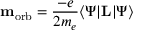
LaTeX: \mathbf { m } _ { \mathrm { { o r b } } } = { \frac { - e } { 2 m _ { e } } } \langle \Psi \vert \mathbf { L } \vert \Psi \rangle